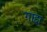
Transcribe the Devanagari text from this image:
गाद्दा